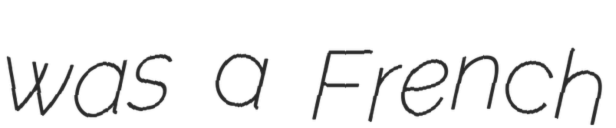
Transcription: was a French